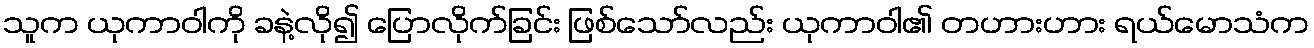
သူက ယုကာဝါကို ခနဲ့လို၍ ပြောလိုက်ခြင်း ဖြစ်သော်လည်း ယုကာဝါ၏ တဟားဟား ရယ်မောသံက